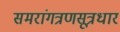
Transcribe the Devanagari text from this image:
समरांगत्रणसूत्रधार